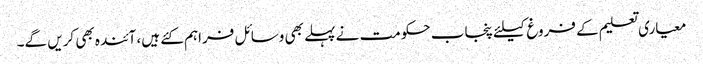
معیاری تعلیم کے فروغ کیلئے پنجاب حکومت نے پہلے بھی وسائل فراہم کئے ہیں، آئندہ بھی کریں گے۔